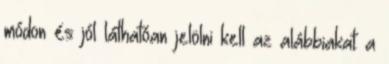
módon és jól láthatóan jelölni kell az alábbiakat: a